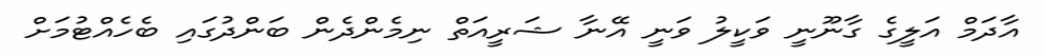
އާދަމް އަލީގެ ގާނޫނީ ވަކީލު ވަނީ އޭނާ ޝަރީއަތް ނިމެންދެން ބަންދުގައި ބެހެއްޓުމަށް